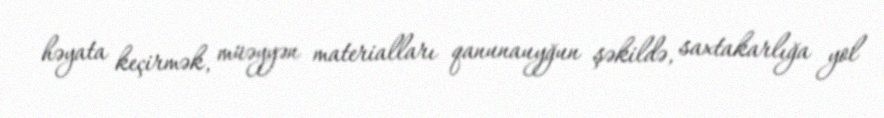
həyata keçirmək, müəyyən materialları qanunauyğun şəkildə, saxtakarlığa yol